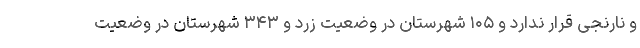
و نارنجی قرار ندارد و ۱۰۵ شهرستان در وضعیت زرد و ۳۴۳ شهرستان در وضعیت